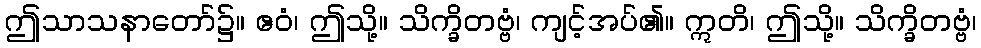
ဤသာသနာတော်၌။ ဧဝံ၊ ဤသို့။ သိက္ခိတဗ္ဗံ၊ ကျင့်အပ်၏။ ဣတိ၊ ဤသို့။ သိက္ခိတဗ္ဗံ၊